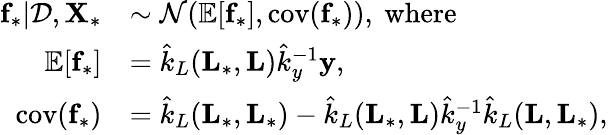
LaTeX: \begin{array}{rl}{\textbf{f}_{*}|\mathcal{D},\textbf{X}_{*}}&{\sim\mathcal{N}(\mathbb{E}[\textbf{f}_{*}],\textrm{cov}(\textbf{f}_{*})),\ \textrm{where}}\\ {\mathbb{E}[\textbf{f}_{*}]}&{=\hat{k}_{L}(\textbf{L}_{*},\textbf{L})\hat{k}_{y}^{-1}\textbf{y},}\\ {\textrm{cov}(\textbf{f}_{*})}&{=\hat{k}_{L}(\textbf{L}_{*},\textbf{L}_{*})-\hat{k}_{L}(\textbf{L}_{*},\textbf{L})\hat{k}_{y}^{-1}\hat{k}_{L}(\textbf{L},\textbf{L}_{*}),}\end{array}